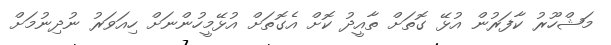
މަޝްހޫރު ކާފަރުން އުޅޭ ގޮތަށް ތާއީދު ކޮށް އެގޮތަށް އުޅޭމީހުންނަށް ހިއަވަރު ނުދިނުމަށް